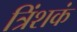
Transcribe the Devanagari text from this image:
त्रिंशकं